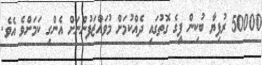
50000 ރުފިޔާ ބުކިން ފީގެ ގޮތުގައި ދެއްކުމަށް މުވައްޒަފުންނަށް އެންގި ކަމަށްވެ އެވެ.